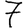
Digit: 7